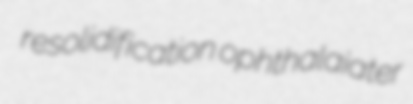
resolidification ophthalaiater